Report on malaria in the Punjab during the year ...  together with an account of the work of the Punjab Malaria Bureau - Volume 5
Disease focus: Malaria
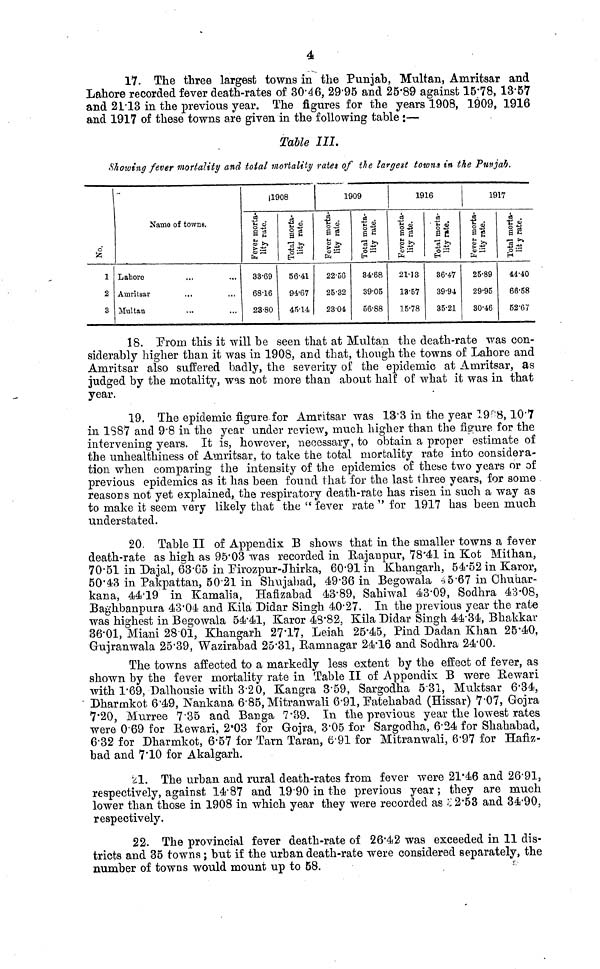
17. The three largest towns in the Punjab, Multan, Amritsar and
Lahore recorded fever death-rates of 30.46, 29.95 and 25.89 against 15;78, 13.57
and 21.13 in the previous year. The figures for the years 1908, 1909, 1916
and 1917 of these towns are given in the following table :—
Table III.
Showing fever mortality and total mortality rates of the largest towns in the Punjab.
No.
l
2
3
Name of towns.
Lahore
Amritsar
Multan
¡1908
Fever
month
lity rate.
33.69
68.16
23.80
Total
morta-
rate.
56.41
94.67
45.14
1909
Fever
month
lity
rate.
22.56
2.32
23.04
Total
morta-
rate.
34.68
39.05
56.88
1916
Fever
month
lity
rate.
21.13
13.57
15.78
Total
morta-
rate.
36.47
39.94
35.21
1917
Fever
month
lity
rate.
25.89
29.95
30.46
Total
morta-
rate.
44.40
66.58
52.67
18. From this it will be seen that at Multan the death-rate was con-
siderably higher than it was in 1908, and that, though the towns of Lahore and
Amritsar also suffered badly, the severity of the epidemic at Amritsar, as
judged by the motality, was not more than about half of what it was in that
year.
19. The epidemic figure for Amritsar was 13.3 in the year 19.'8,10*7
in 1387 and 9.8 in the year under review, much higher than the figure for the
intervening years. It is, however, necessary, to obtain a proper estimate of
the unhealthiness of Amritsar, to take the total mortality rate into considera-
tion when comparing the intensity of the epidemics of these two years or of
previous epidemics as it has been found that for the last three years, for some
reasons not yet explained, the respiratory death-rate has risen in such a way as
to make it seem very likely that the " fever rate " for 1917 has been much
understated.
20. Table II of Appendix B shows that in the smaller towns a fever
death-rate as high as 95.03 was recorded in Rajanpur, 78.41 in Kot Mithan,
70.51 in Dajal, 63'G5 in Firozpur-Jhirka, 60.91 in Khangarh, 54.52 in Karor,
50.43 in Pakpattan, 50.2l in Shujabad, 49.36 in Begowala 45.67 in Chubar-
kana, 44'19 in Kamalia, Hafizabad 43.89, Sahiwal 43.09, Sodhra 43.08,
Baghbanpura 43.04 and Kila Didar Singh 40.27. In the previous year the rate
was highest in Begowala 54.41, Karor 48.82, Kila Didar Singh 44.34, Bhakkar
36.01, Miani 28.01, Khangarh 27.17, Leiah 25.45, Pind Dadan Khan 25.40,
Gujranwala 25.39, Wazirabad 25.31, Ramnagar 24.16 and Sodhra 24.00.
The towns affected to a markedly less extent by the effect of fever, as
shown by the fever mortality rate in Table II of Appendix B were Rewari
with 1.69, Dalhousie with 3.20, Kangra 3.59, Sargodha 531, Muktsar 6.34,
Dharinkot 6.49, Nankana 6.85, Mitranwali 6.91, Patehabad (Hissar) 7.07, Gojra
7.20, Murree 7.35 and Banga 7.39. In the previous year the lowest rates
were 069 for Rewari, 2.03 for Gojra, 3.05 for Sargodha, 6.24 for Shahabad,
6.32 for Dharmkot, 6.57 for Tarn Taran, 6.91 for Mitranwali, 6.97 for Hafiz-
bad and 7.10 for Akalgarh.
¿1. The urban and rural death-rates from fever were 21.46 and 26.91
respectively, against 14.87 and 19.90 in the previous year ; they are much
lower than those in 1908 in which year they were recorded as 22.53 and 34.90,
respectively.
22. The provincial fever death-rate of 26.42 was exceeded in 11 dis-
tricts and 35 towns ; but if the urban death-rate were considered separately, the
number of towns would mount up to 58.
.
V